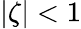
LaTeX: |\zeta|<1